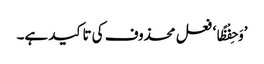
’وَحِفْظًا‘ فعل محذوف کی تاکید ہے۔